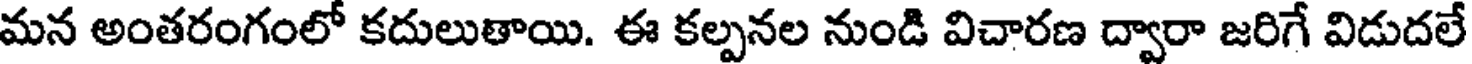
మన అంతరంగంలో కదులుతాయి. ఈ కల్పనల నుండి విచారణ ద్వారా జరిగే విడుదలే